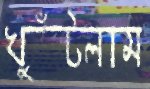
খুঁটলাম